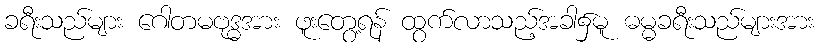
ခရီးသည်များ ဂေါတမဗုဒ္ဓအား ဖူးတွေ့ရန် ထွက်လာသည့်အခါ၌မူ ဓမ္မခရီးသည်များအား